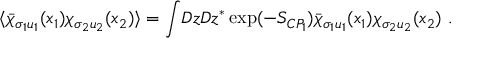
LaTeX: \langle \bar { \chi } _ { \sigma _ { 1 } u _ { 1 } } ( x _ { 1 } ) \chi _ { \sigma _ { 2 } u _ { 2 } } ( x _ { 2 } ) \rangle = \int \! { \cal D } z { \cal D } z ^ { * } \exp ( - S _ { C P _ { 1 } } ) \bar { \chi } _ { \sigma _ { 1 } u _ { 1 } } ( x _ { 1 } ) \chi _ { \sigma _ { 2 } u _ { 2 } } ( x _ { 2 } ) ~ .